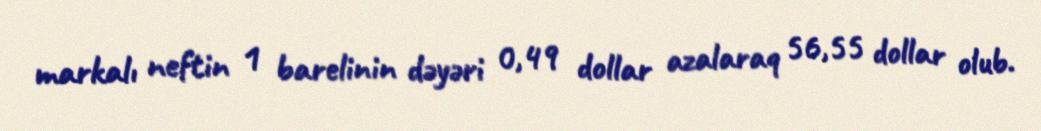
markalı neftin 1 barelinin dəyəri 0,49 dollar azalaraq 56,55 dollar olub.